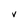
Character: V